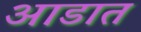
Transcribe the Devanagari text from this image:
आडात